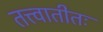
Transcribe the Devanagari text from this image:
तत्त्वातीतः